Civil Veterinary Department Bihar reports 1936-40 - 1936-1940
Year: 1936
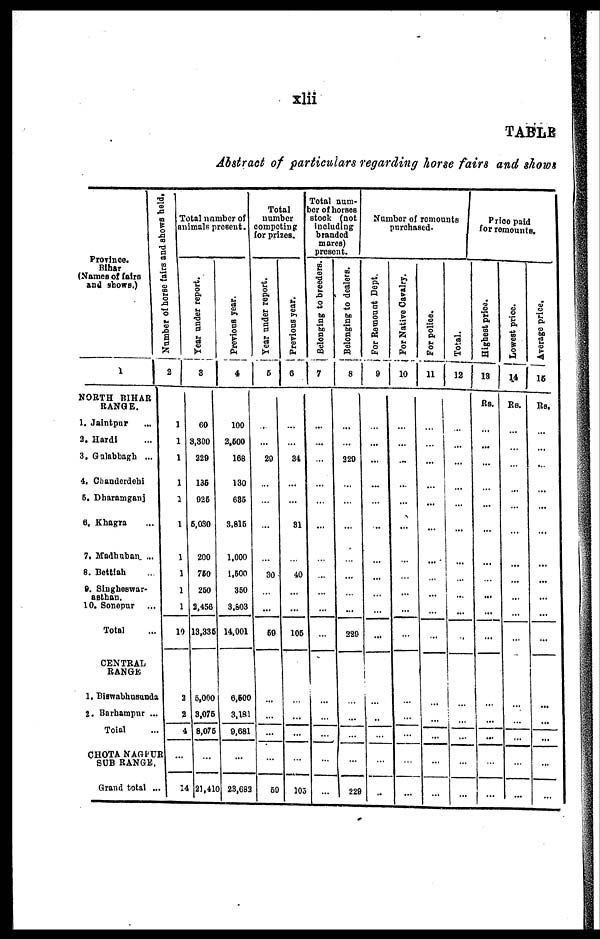
xlii
TABLE
Abstract of particulars regarding horse fairs and shows
Province.
Bihar
(Names of fairs
and shows.)
1
NORTH BIHAR
RANGE.
1. Jaintpur ...
2. Hardi ...
3, Gulabbagh ...
4. Chandcrdetai
5. Dharamganj
6. Khagra ...
7. Madhuban ...
8. Bettiah ...
9. Singheswar-
asthan.
10. Sonepur ...
Total
CENTRAL
RANGE
1, Biswabhusunds
2. Barhampur ...
Total ...
CHOTA NAGPUR
SUB RANGE.
Grand total ...
Number of horse fairs and shows held.
2
Total number of
animals present.
Year under report.
3
1
1
1
1
1
1
1
1
1
1
10
2
2
4
...
14
60
3,300
220
135
925
5,030
200
760
250
2,456
13,335
5,000
3,075
8,075
...
21,41
Previous year.
4
100
2,500
168
130
635
3,815
1,000
1,500
350
3,803
14,001
6,600
3,181
0,681
...
23,682
Total
number
competing
for prizes.
Year
under report.
5
...
...
20
...
...
...
...
30
...
...
59
...
...
...
...
59
Previous year.
6
...
...
34
...
...
31
...
40
...
...
105
...
...
...
...
105
Total num-
ber of horses
stock (not
Including
branded
mares)
present.
Belonging to breeders.
7
...
...
...
...
...
...
...
...
...
...
...
...
...
...
...
...
Belonging to dealers.
8
...
...
320
...
...
...
...
...
...
...
220
...
...
...
...
220
Number of remounts
purchased.
For Remount Dept.
9
...
...
...
...
...
...
...
...
...
...
...
...
...
...
...
..
For Native Cavalry.
10
...
...
...
...
...
...
...
...
...
...
...
...
...
...
...
...
For police.
11
...
...
...
...
...
...
...
...
...
...
...
...
...
...
...
...
Total.
12
...
...
...
...
...
...
...
...
...
...
...
...
...
...
...
...
Price paid
for remounts.
Highest price.
13
Rs.
...
...
...
...
...
...
...
...
...
...
...
...
...
...
...
...
Lowest price.
14
Rs.
...
...
...
...
...
...
...
...
...
...
...
...
...
...
...
...
...
Average
price.
16
Rs,
...
...
...
...
...
...
...
...
...
...
...
...
...
...
...
...